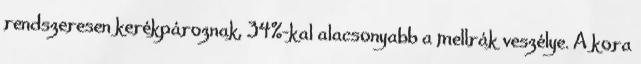
rendszeresen kerékpároznak, 34%-kal alacsonyabb a mellrák veszélye. A kora